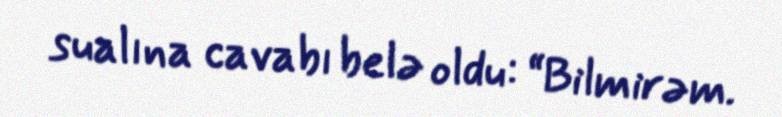
sualına cavabı belə oldu: “Bilmirəm.